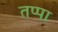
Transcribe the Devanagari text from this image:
तप्पा